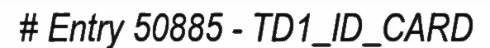
# Entry 50885 - TD1_ID_CARD